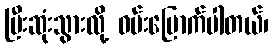
ပြီးဆုံးသွားလို့ ဝမ်းမြောက်ပါတယ်၊